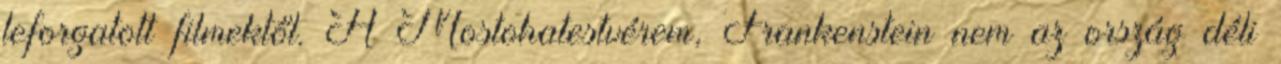
leforgatott filmektől. A Mostohatestvérem, Frankenstein nem az ország déli